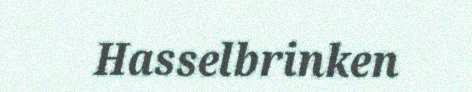
Hasselbrinken